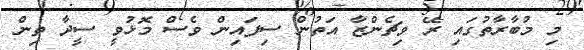
މި މުބާރާތުގައި ރޭ ވިޗެންޒާ އަތުން ސިފައިން ވެސް މޮޅުވީ ސީދާ ތިން